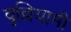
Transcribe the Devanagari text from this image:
वुल्लियामी